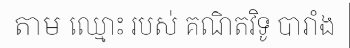
តាម ឈ្មោះ របស់ គណិតវិទូ បារាំង